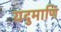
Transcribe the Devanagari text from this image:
यदुमाणि